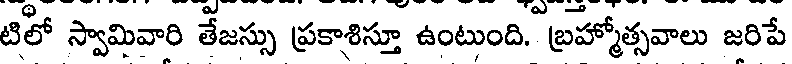
టిలో స్వామివారి తేజస్సు ప్రకాశిస్తూ ఉంటుంది. బ్రహ్మోత్సవాలు జరిపే